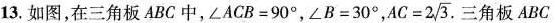
13.如图，在三角板ABC中，$$∠ACB=90°$$，$$∠B=30°$$， $$AC=2 \sqrt{ 3 }$$. 三角板ABC